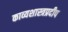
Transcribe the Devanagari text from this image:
काव्यशास्त्रप्रदीप